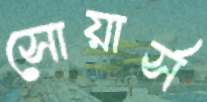
সোয়ার্স